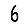
Digit: 6